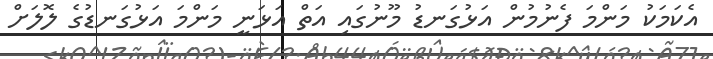
އެކަމަކު މަންމަ ފެނުމުން އަޅުގަަނޑު މޫނުގައި އަތް އަޅަނީ މަންމަ އަޅުގަނޑުގެ ލޮލަށް